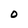
Character: 0